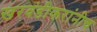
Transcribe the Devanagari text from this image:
खरवंडीकरांनीच